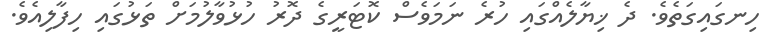
ހިނގައިގަތެވެ. ދެ ޚިޔާލެއްގައި ހުރެ ނަމަވެސް ކޮޓަރީގެ ދޮރު ހުޅުވާލުމަށް ތަޅުގައި ހިފާލިއެވެ.